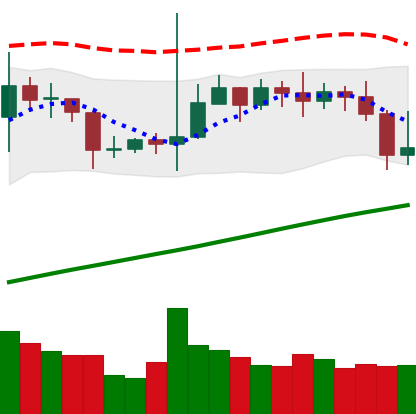
Ticker: TRX-USD
Chart end date: 2020-10-31
Forward return: -3.135%
Label: down_3_5